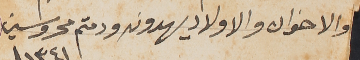
والاخوان والاولاد يهدونه ودمتم محروسين